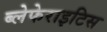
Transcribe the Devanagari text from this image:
ब्लेफेराइटिस